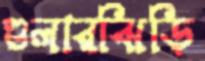
গুলারঝিড়ি